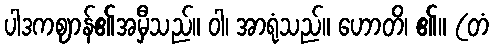
ပါဒကဈာန်၏အမှီသည်။ ဝါ၊ အာရုံသည်။ ဟောတိ၊ ၏။ (တံ